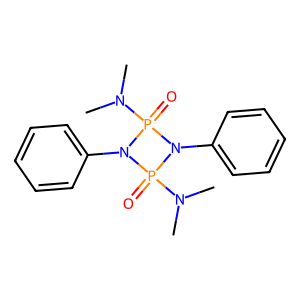
SMILES: CN(C)P1(=O)N(c2ccccc2)P(=O)(N(C)C)N1c1ccccc1
Inhibits HIV replication: No